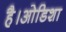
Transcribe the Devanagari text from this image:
है।ओडिशा